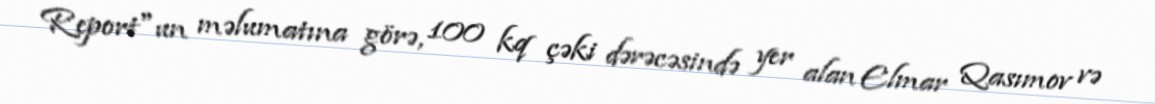
Report"un məlumatına görə, 100 kq çəki dərəcəsində yer alan Elmar Qasımov və